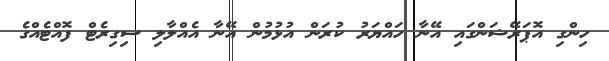
ހިންގި އޮޕަރޭޝަންގައި އޭނާ ހައްޔަރު ކުރަން އުޅުމުން އޭނާ އެއްލާލި ސިގިރެޓް ފޮއްޓެއްގެ